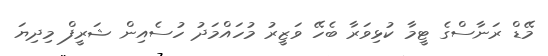
މޭޑް ރަނާސްގެ ޓީމާ ކުޅިވަރާ ބެހޭ ވަޒީރު މުހައްމަދު ހުސެއިން ޝަރީފް މިދިޔަ